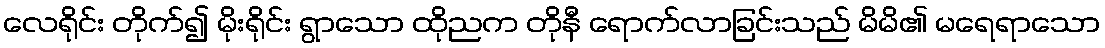
လေရိုင်း တိုက်၍ မိုးရိုင်း ရွာသော ထိုညက တိုနီ ရောက်လာခြင်းသည် မိမိ၏ မရေရာသော